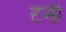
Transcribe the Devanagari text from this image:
टर्नी